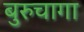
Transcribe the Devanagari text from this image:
बुरुचागा